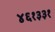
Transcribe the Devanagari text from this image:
४६१३३१